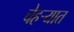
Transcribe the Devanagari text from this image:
चेहऱ्यात